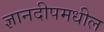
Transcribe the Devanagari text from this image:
ज्ञानदीपमधील